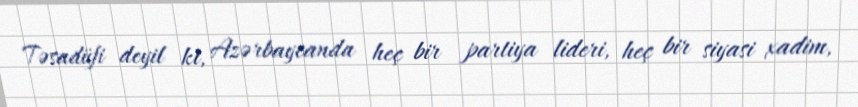
Təsadüfi deyil ki, Azərbaycanda heç bir partiya lideri, heç bir siyasi xadim,